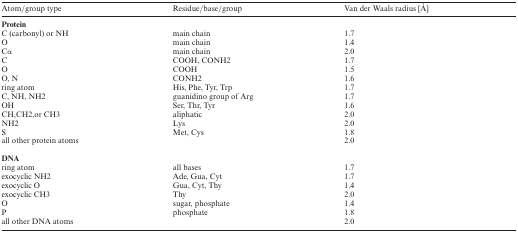
| Atom/group type | Residue/base/group | Van der Waals radius [Å] |
 | --- | --- | --- |
 | <COLSPAN=3> Protein |
 | C (carbonyl) or NH | main chain | 1.7 |
 | O | main chain | 1.4 |
 | Cα | main chain | 2.0 |
 | C | COOH, CONH2 | 1.7 |
 | O | COOH | 1.5 |
 | O, N | CONH2 | 1.6 |
 | ring atom | His, Phe, Tyr, Trp | 1.7 |
 | C, NH, NH2 | guanidino group of Arg | 1.7 |
 | OH | Ser, Thr, Tyr | 1.6 |
 | CH,CH2,or CH3 | aliphatic | 2.0 |
 | NH2 | Lys | 2.0 |
 | S | Met, Cys | 1.8 |
 | all other protein atoms |  | 2.0 |
 | <COLSPAN=3> DNA |
 | ring atom | all bases | 1.7 |
 | exocyclic NH2 | Ade, Gua, Cyt | 1.7 |
 | exocyclic O | Gua, Cyt, Thy | 1.4 |
 | exocyclic CH3 | Thy | 2.0 |
 | O | sugar, phosphate | 1.4 |
 | P | phosphate | 1.8 |
 | all other DNA atoms |  | 2.0 |